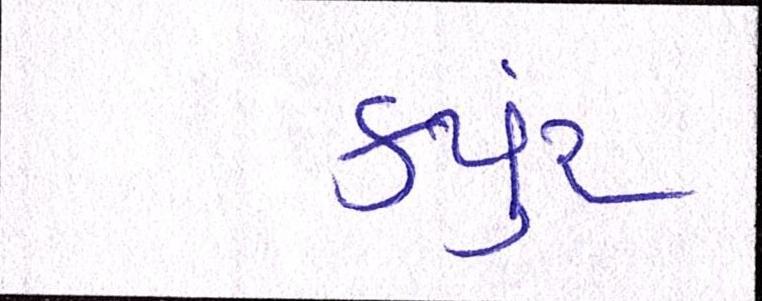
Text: કયુંર્